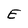
Character: E